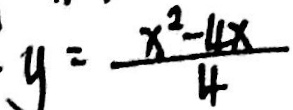
y = \frac { x ^ { 2 } - 4 x } { 4 }